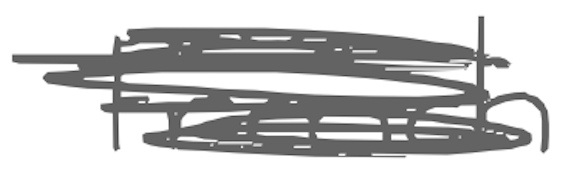
Text: French
Cross-out: scratch
Writing tool: digital_gray